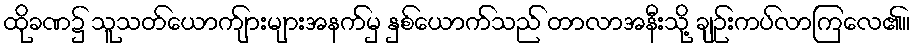
ထိုခဏ၌ သူသတ်ယောက်ျားများအနက်မှ နှစ်ယောက်သည် တာလာအနီးသို့ ချဉ်းကပ်လာကြလေ၏။